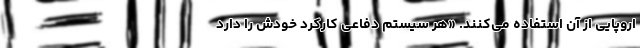
اروپایی از آن استفاده می‌کنند. «هر سیستم دفاعی کارکرد خودش را دارد